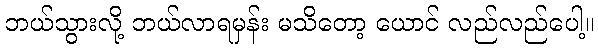
ဘယ်သွားလို့ ဘယ်လာရမှန်း မသိတော့ ယောင် လည်လည်ပေါ့။